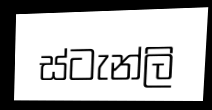
ස්ටැන්ලි